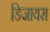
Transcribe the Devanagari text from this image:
डिजायरा